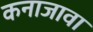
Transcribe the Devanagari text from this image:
कनाजावा